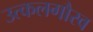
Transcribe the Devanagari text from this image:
उत्कलगौरव